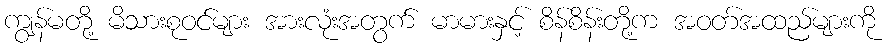
ကျွန်မတို့ မိသားစုဝင်များ အားလုံးအတွက် မာမားနှင့် စိန်စိန်းတို့က အဝတ်အထည်များကို